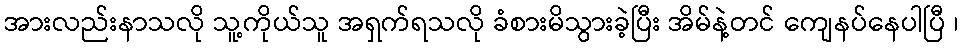
အားလည်းနာသလို သူ့ကိုယ်သူ အရှက်ရသလို ခံစားမိသွားခဲ့ပြီး အိမ်နဲ့တင် ကျေနပ်နေပါပြီ ၊